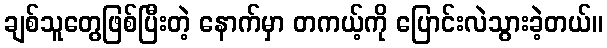
ချစ်သူတွေဖြစ်ပြီးတဲ့ နောက်မှာ တကယ့်ကို ပြောင်းလဲသွားခဲ့တယ်။